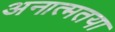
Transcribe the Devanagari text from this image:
अनात्मतया